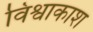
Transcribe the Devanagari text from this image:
विश्वाकाश